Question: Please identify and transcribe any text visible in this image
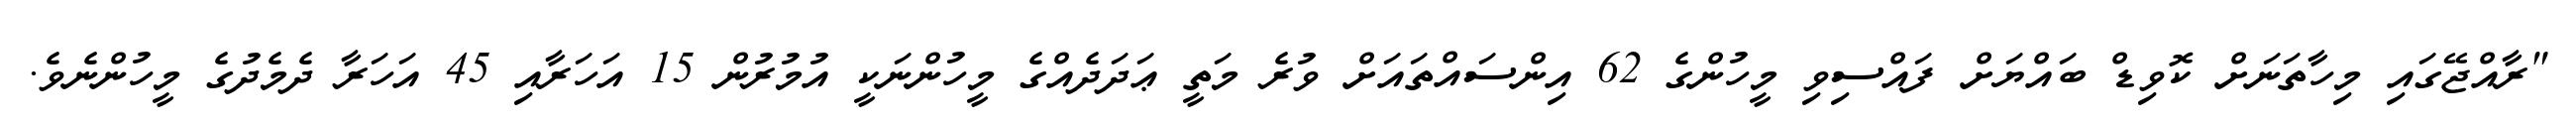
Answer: "ރާއްޖޭގައި މިހާތަނަށް ކޮވިޑް ބައްޔަށް ފައްސިވި މީހުންގެ 62 އިންސައްތައަށް ވުރެ މަތީ ޢަދަދެއްގެ މީހުންނަކީ އުމުރުން 15 އަހަރާއި 45 އަހަރާ ދެމެދުގެ މީހުންނެވެ.